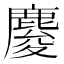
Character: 𪊴